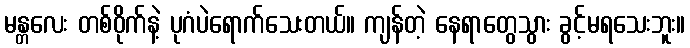
မန္တလေး တစ်ဝိုက်နဲ့ ပုဂံပဲရောက်သေးတယ်။ ကျန်တဲ့ နေရာတွေသွား ခွင့်မရသေးဘူး။